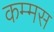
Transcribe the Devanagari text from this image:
कम्मस